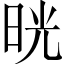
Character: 晄